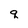
Character: q